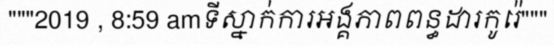
"""2019 , 8:59 amទីស្នាក់ការអង្គភាពពន្ធដារកូរ៉េ"""